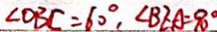
\angle O B C = 6 0 ^ { \circ } , \angle B E A = 9 0 ^ { \circ }